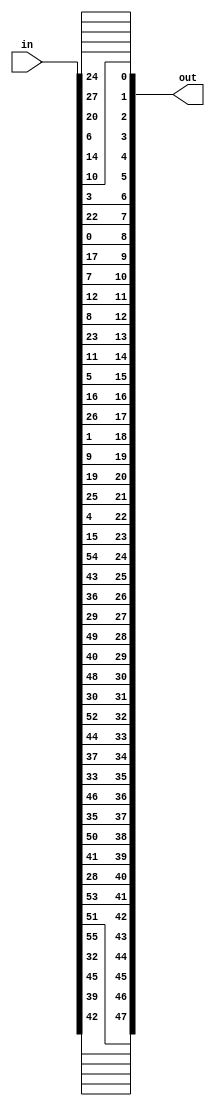
/*
MIT License

Copyright (c) 2020 Debtanu Mukherjee

Permission is hereby granted, free of charge, to any person obtaining a copy
of this software and associated documentation files (the "Software"), to deal
in the Software without restriction, including without limitation the rights
to use, copy, modify, merge, publish, distribute, sublicense, and/or sell
copies of the Software, and to permit persons to whom the Software is
furnished to do so, subject to the following conditions:

The above copyright notice and this permission notice shall be included in all
copies or substantial portions of the Software.

THE SOFTWARE IS PROVIDED "AS IS", WITHOUT WARRANTY OF ANY KIND, EXPRESS OR
IMPLIED, INCLUDING BUT NOT LIMITED TO THE WARRANTIES OF MERCHANTABILITY,
FITNESS FOR A PARTICULAR PURPOSE AND NONINFRINGEMENT. IN NO EVENT SHALL THE
AUTHORS OR COPYRIGHT HOLDERS BE LIABLE FOR ANY CLAIM, DAMAGES OR OTHER
LIABILITY, WHETHER IN AN ACTION OF CONTRACT, TORT OR OTHERWISE, ARISING FROM,
OUT OF OR IN CONNECTION WITH THE SOFTWARE OR THE USE OR OTHER DEALINGS IN THE
SOFTWARE.
*/

module key_perm2(in, out);

input [1:56] in;
output [1:48] out;

/*
	                      PC-2

                 14    17   11    24     1    5
                  3    28   15     6    21   10
                 23    19   12     4    26    8
                 16     7   27    20    13    2
                 41    52   31    37    47   55
                 30    40   51    45    33   48
                 44    49   39    56    34   53
                 46    42   50    36    29   32
*/

assign out = {in[14], in[17], in[11], in[24], in[1],  in[5],
	     in[3],  in[28], in[15], in[6],  in[21], in[10],
	     in[23], in[19], in[12], in[4],  in[26], in[8],
	     in[16], in[7],  in[27], in[20], in[13], in[2],
	     in[41], in[52], in[31], in[37], in[47], in[55],
	     in[30], in[40], in[51], in[45], in[33], in[48],
	     in[44], in[49], in[39], in[56], in[34], in[53],
	     in[46], in[42], in[50], in[36], in[29], in[32]};
	     
endmodule